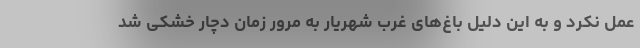
عمل نکرد و به این دلیل باغ‌های غرب شهریار به مرور زمان دچار خشکی شد